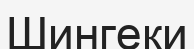
Шингеки